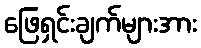
ဖြေရှင်းချက်များအား